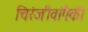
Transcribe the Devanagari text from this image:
चिरंजीवांपैकी